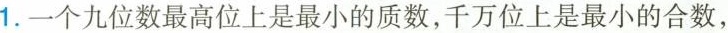
1. 一个九位数最高位上是最小的质数，千万位上是最小的合数，